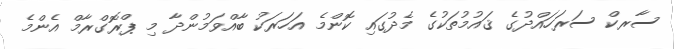
ސާރކް ސަރަހައްދުގެ ޤައުމުތަކުގެ މެދުގައި ކޮންމެ އަހަރަކު ބާއްވަމުންދާ މި ޕްރޮގްރާމް އެންމެ